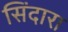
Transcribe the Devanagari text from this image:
सिंदारा